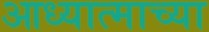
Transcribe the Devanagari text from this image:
आध्यात्माच्या